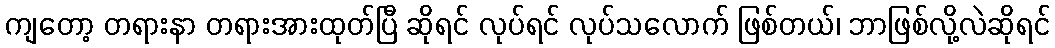
ကျတော့ တရားနာ တရားအားထုတ်ပြီ ဆိုရင် လုပ်ရင် လုပ်သလောက် ဖြစ်တယ်၊ ဘာဖြစ်လို့လဲဆိုရင်